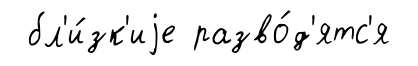
бл'и́зк'иjе разво́д'ятс'я